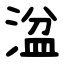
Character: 湓